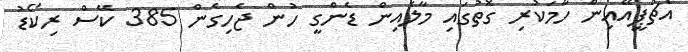
އެޗްޕީއޭއިން ހާމަކުރި ގޮތުގައި މާލެއިން ޑެންގީ ހުން ޖެހިގެން 385 ކޭސް ރިކޯޑު